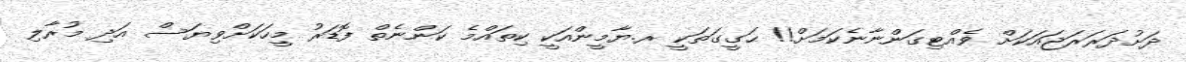
ދަށުދަރަރަޖައަކަށް ވެއްޓިގަންނާނެކަމަށް!! ޙަގީގަތަކީ ރ.ޔާމީންއަކީ ކިތައްމެ ކަންނެތް ފޮޑަރު މީހަކަށްވިޔަސް އަދި މުރާލި